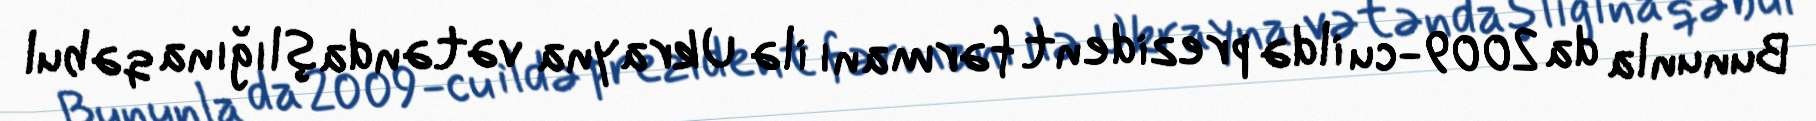
Bununla da 2009-cu ildə prezident fərmanı ilə Ukrayna vətəndaşlığına qəbul